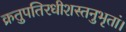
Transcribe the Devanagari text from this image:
क्रतुपतिरधीशस्तनुभृतां।